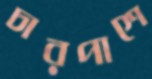
চারপাশে